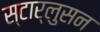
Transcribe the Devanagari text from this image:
स्टार्लुसन